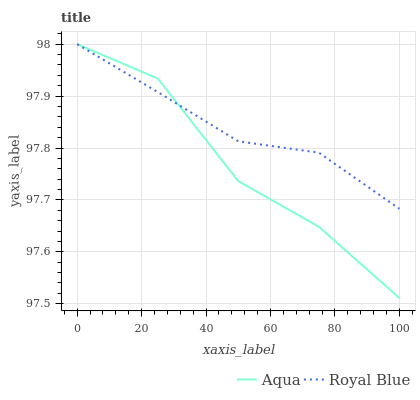
| xaxis_label | Aqua | Royal Blue |
 | --- | --- | --- |
 | 0 | 98 | 98 |
 | 25 | 97.9 | 97.9 |
 | 50 | 97.7 | 97.8 |
 | 75 | 97.6 | 97.8 |
 | 100 | 97.5 | 97.7 |